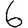
Digit: 6